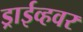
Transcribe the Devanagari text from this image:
ड्राईव्हवर